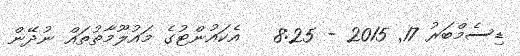
ޑިސެމްބަރު 17